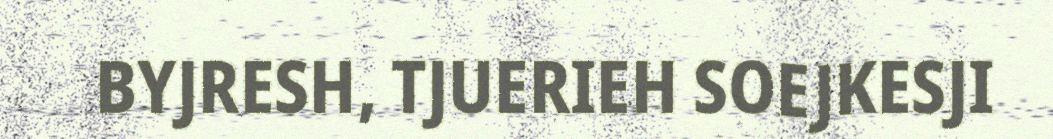
BYJRESH, TJUERIEH SOEJKESJI